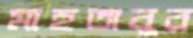
মাহতাবুর